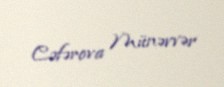
Cəfərova Münəvvər